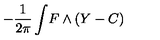
- { \frac { 1 } { 2 \pi } } \int \! F \wedge ( Y - C )